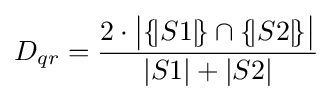
D_{qr}={\frac {2\cdot {\big |}\{\!\vert S1\vert \!\}\cap \{\!\vert S2\vert \!\}{\big |}}{|S1|+|S2|}}